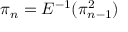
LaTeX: \pi _ { n } = E ^ { - 1 } ( \pi _ { n - 1 } ^ { 2 } )